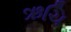
ઋચિ